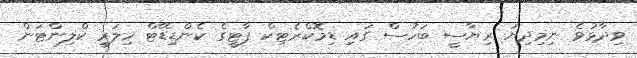
ވިދާޅުވެ ނިމިދިޔަ ރިޔާސީ ބަހުސް ގައި ޑިމޮކްރެޓިކް ޕާޓީގެ ކެންޑިޑޭޓް ހިލަރީ ކްލިންޓަން